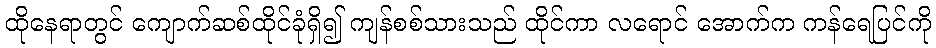
ထိုနေရာတွင် ကျောက်ဆစ်ထိုင်ခုံရှိ၍ ကျန်စစ်သားသည် ထိုင်ကာ လရောင် အောက်က ကန်ရေပြင်ကို